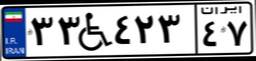
۲۳W۴۳۸۱۱